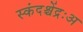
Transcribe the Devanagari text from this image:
स्कंदश्चेंद्रःअ